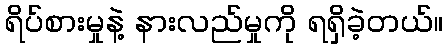
ရိပ်စားမှုနဲ့ နားလည်မှုကို ရရှိခဲ့တယ်။